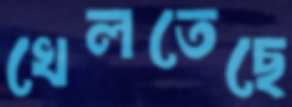
খেলতেছে